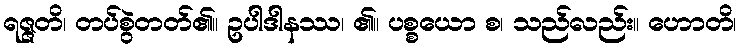
ရဇ္ဇတိ၊ တပ်စွဲတတ်၏။ ဥပါဒါနဿ၊ ၏။ ပစ္စယော စ၊ သည်လည်း။ ဟောတိ၊